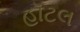
હૉટલ